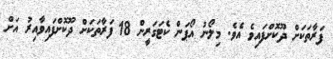
ފަރާތަކަށް ދޫކޮށްފައިވެ އެވެ. މިލޯނު އޯޕަން ކެޓަގަރީން 18 ފަރާތަކަށް ދޫކޮށްފައިވާއިރު އަށް